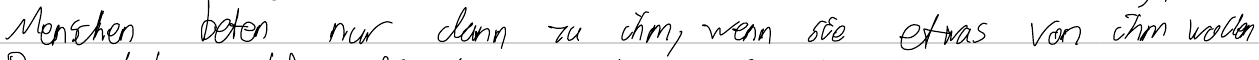
Menschen beten nur dann zu ihm, wenn sie etwas von ihm wollen